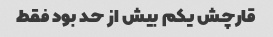
قارچش یکم بیش از حد بود فقط